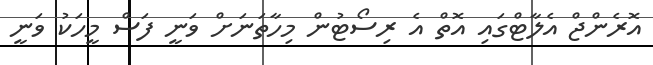
އޮރެންޖް އެލާޓްގައި އޮތް އެ ރިސޯޓުން މިހާތަނަށް ވަނީ ފަސް މީހަކު ވަނީ